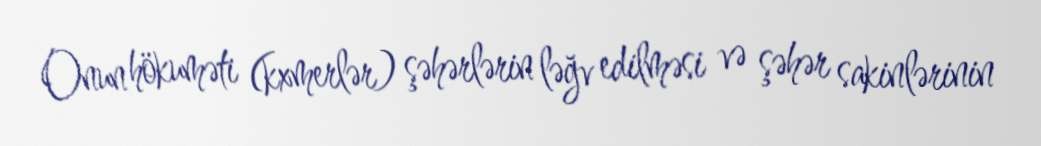
Onun hökuməti (kxmerlər) şəhərlərin ləğv edilməsi və şəhər sakinlərinin